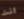
انت